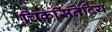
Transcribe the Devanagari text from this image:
चिकसिंतेद्रिय